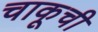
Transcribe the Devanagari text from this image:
चाकूची